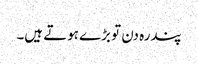
پندرہ دن تو بڑے ہوتے ہیں۔